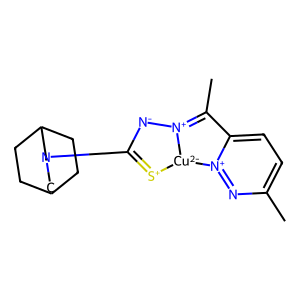
SMILES: CC1=[N+]2[N-]C(N3CC4CCC(CC4)C3)=[S+][Cu-2]2[n+]2nc(C)ccc21
Inhibits HIV replication: No